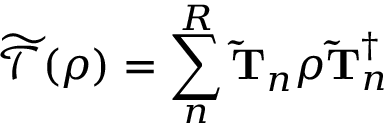
\mathcal { \widetilde { T } } ( \rho ) = \sum _ { n } ^ { R } \mathbf { \widetilde { T } } _ { n } \rho \mathbf { \widetilde { T } } _ { n } ^ { \dagger }